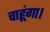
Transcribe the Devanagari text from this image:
चाहूंगा।